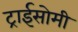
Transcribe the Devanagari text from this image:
ट्राईसोमी